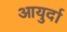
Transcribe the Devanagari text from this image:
आयुर्दा